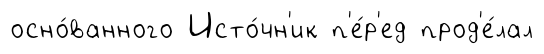
осно́ванного Исто́чн'ик п'е́р'ед прод'е́лал